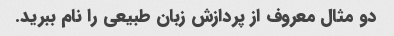
دو مثال معروف از پردازش زبان طبیعی را نام ببرید.